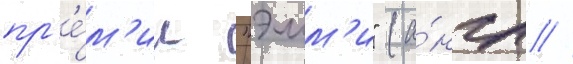
пр'е́м'ии "эмм'и" (а́нгл //